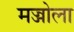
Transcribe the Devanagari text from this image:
मज्जोला